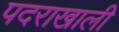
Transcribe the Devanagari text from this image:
पदराखाली